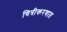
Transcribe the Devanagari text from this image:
चित्रीकरणात